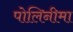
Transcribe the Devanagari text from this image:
पोलिनीमा